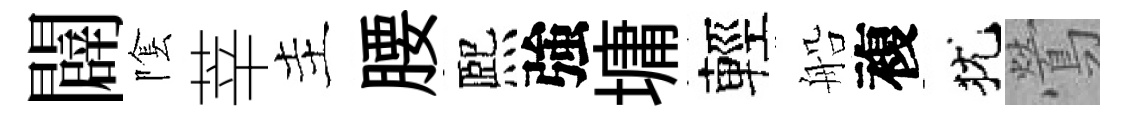
闢隂莘主腰熈強墉輕船複犹鶯